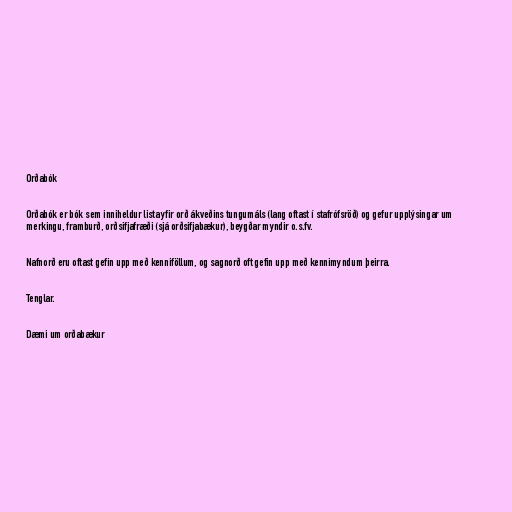
Orðabók

Orðabók er bók sem inniheldur lista yfir orð ákveðins tungumáls (lang oftast í stafrófsröð) og gefur upplýsingar um
merkingu, framburð, orðsifjafræði (sjá orðsifjabækur), beygðar myndir o.s.fv.

Nafnorð eru oftast gefin upp með kenniföllum, og sagnorð oft gefin upp með kennimyndum þeirra.

Tenglar.

Dæmi um orðabækur